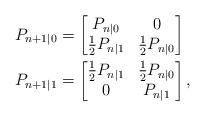
LaTeX: \begin{align*} P_{n+1|0} &= \begin{bmatrix} P_{n|0} & 0 \\ \frac{1}{2}P_{n|1} & \frac{1}{2}P_{n|0}\\\end{bmatrix}\\ P_{n+1|1} &= \begin{bmatrix} \frac{1}{2}P_{n|1} & \frac{1}{2}P_{n|0} \\ 0 & P_{n|1}\\\end{bmatrix},\end{align*}